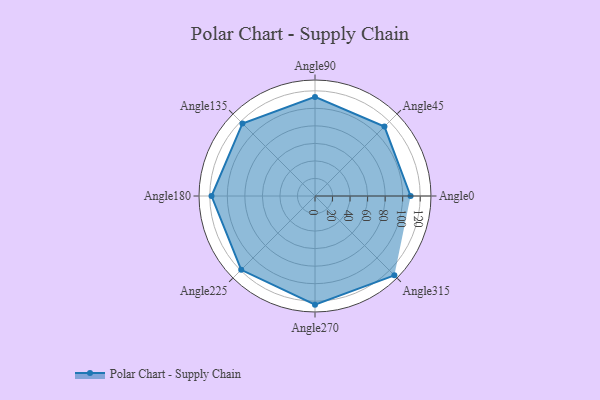
{"axis": {"x": "Angle", "y": "Radius"}, "legend": [""], "data": [{"x": "Angle0", "y": 109.0, "type": ""}, {"x": "Angle45", "y": 112.0, "type": ""}, {"x": "Angle90", "y": 113.0, "type": ""}, {"x": "Angle135", "y": 117.0, "type": ""}, {"x": "Angle180", "y": 118.0, "type": ""}, {"x": "Angle225", "y": 119.0, "type": ""}, {"x": "Angle270", "y": 124.0, "type": ""}, {"x": "Angle315", "y": 128.0, "type": ""}]}